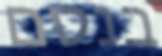
בנסם